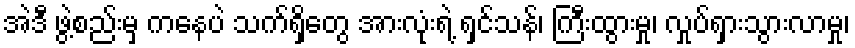
အဲဒီ ဖွဲ့စည်းမှ ကနေပဲ သက်ရှိတွေ အားလုံးရဲ့ ရှင်သန်၊ ကြီးထွားမှု၊ လှုပ်ရှားသွားလာမှု၊